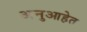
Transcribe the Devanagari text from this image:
अनुआहेत